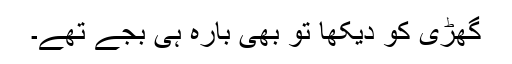
گھڑی کو دیکھا تو بھی بارہ ہی بجے تھے۔